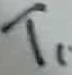
Text: T1